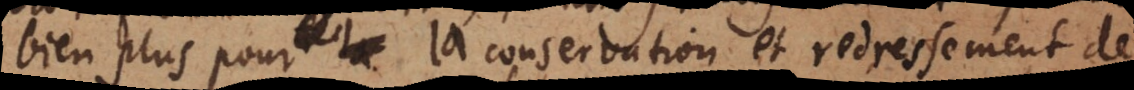
bien plus pour la conservation et redressement de